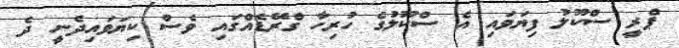
ޕްރީ ސްކޫލު ފިޔަވައި އެ ސްކޫލުގެ ހުރިހާ ގްރޭޑެއްގައި ވެސް ކިޔަވައިދެނީ ދެ